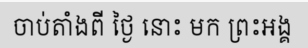
ចាប់តាំងពី ថ្ងៃ នោះ មក ព្រះអង្គ